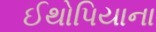
ઈથોપિયાના